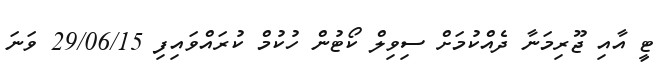
ޓީ އާއި ޖޫރިމަނާ ދެއްކުމަށް ސިވިލް ކޯޓުން ހުކުމް ކުރައްވައިފި 29/06/15 ވަނަ